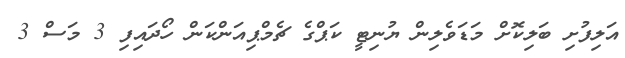
އަލިފުށި ބަލިކޮށް މަޑަވެލިން ޔުނިޓީ ކަޕްގެ ޗެމްޕިއަންކަން ހޯދައިފި 3 މަސް 3